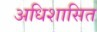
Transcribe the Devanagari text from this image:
अधिशासित